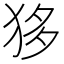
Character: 𤝻